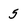
Character: 5